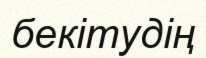
бекітудің